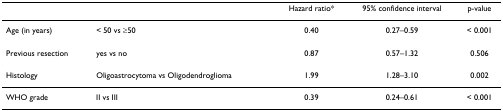
|  |  | Hazard ratio* | 95% confidence interval | p-value |
 | --- | --- | --- | --- | --- |
 | Age (in years) | < 50 vs ≥50 | 0.40 | 0.27–0.59 | < 0.001 |
 | Previous resection | yes vs no | 0.87 | 0.57–1.32 | 0.506 |
 | Histology | Oligoastrocytoma vs Oligodendroglioma | 1.99 | 1.28–3.10 | 0.002 |
 | WHO grade | II vs III | 0.39 | 0.24–0.61 | < 0.001 |